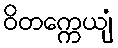
ဝိတက္ကေယျံ